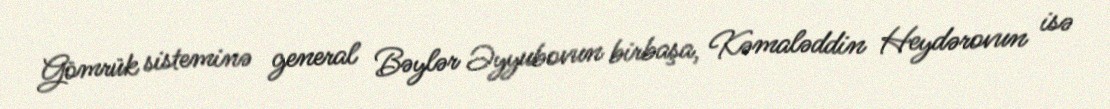
Gömrük sisteminə general Bəylər Əyyubovun birbaşa, Kəmaləddin Heydərovun isə